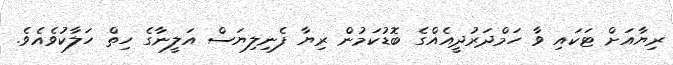
ރިޔާއަށް ޓަކައި ވާ ހަމްދަރުދީއެއްގެ ބޮޑުކަމުން ރިޔާ ފެނިލިޔަސް އަލީނާގެ ހިތް ހަލާކުވެއެވެ.